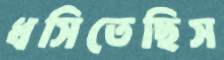
ধসিতেছিস